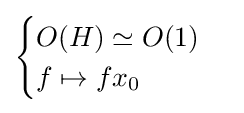
{\begin{cases}O(H)\simeq O(1)\\f\mapsto fx_{0}\end{cases}}